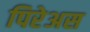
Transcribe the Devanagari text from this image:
पिरेअस